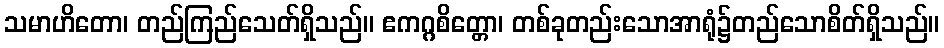
သမာဟိတော၊ တည်ကြည်သေတ်ရှိသည်။ ဧကဂ္ဂစိတ္တော၊ တစ်ခုတည်းသောအာရုံ၌တည်သောစိတ်ရှိသည်။